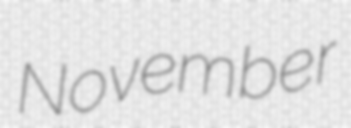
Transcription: November